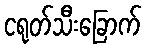
ငရုတ်သီးခြောက်